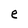
Character: e